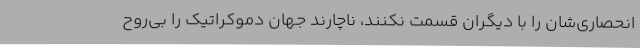
انحصاری‌شان را با دیگران قسمت نکنند، ناچارند جهان دموکراتیک را بی‌روح